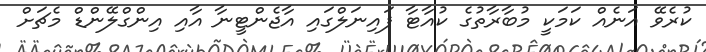
ކުރެވޭ އަނެއް ކަމަކީ މުބާރާތުގެ ކުއާޓާ ފައިނަލްގައި އާޖެންޓީނާ އާއި އިންގްލޭންޑް މެޗަށް